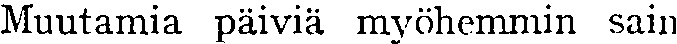
Muutamia päiviä myöhemmin sain